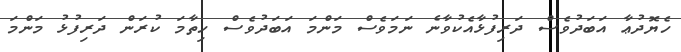
ހެޔޮދުޢާ އަބަދުވެސް ދަރިފުޅާއެކުވާނެ ނަމަވެސް މަންމަ އަބަދުވެސް ހިތާމަ ކުރަން ދަރިފުޅު މަންމަ